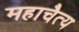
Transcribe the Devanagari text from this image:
महाचैत्‍य